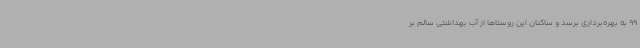
99 به بهره‌برداری برسد و ساکنان این روستاها از آب بهداشتی سالم بر